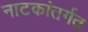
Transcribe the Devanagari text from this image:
नाटकांतर्गत